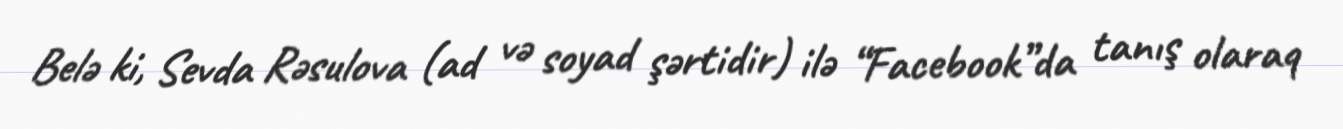
Belə ki, Sevda Rəsulova (ad və soyad şərtidir) ilə “Facebook”da tanış olaraq